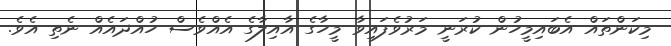
މިކަންތައް އެބައިމީހުން ކުރަނީ މަރުވެފައިވާ މީހާގެ އާއިލާގެ އެއްވެސް ހުއްދައެއް ނެތި އެވެ.